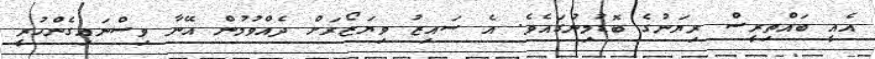
އެއީ ބައްތިރީސް ރިޔަނުގެ ބޮޑުމިނުގައެވެ. އެ ސައިޒު ވިޔަޒޯރަށް ދެއްވުމުން އޭނާ ވިސްނައިގެންހުރީ